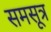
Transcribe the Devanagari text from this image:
समसूत्र